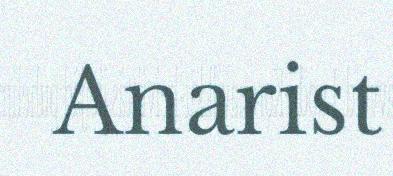
Anarist